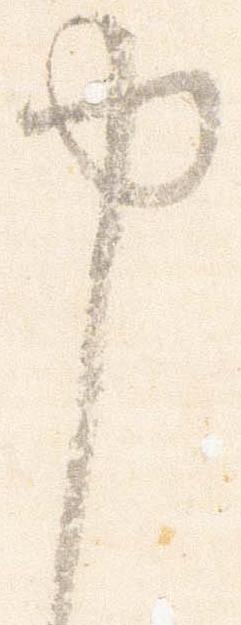
申